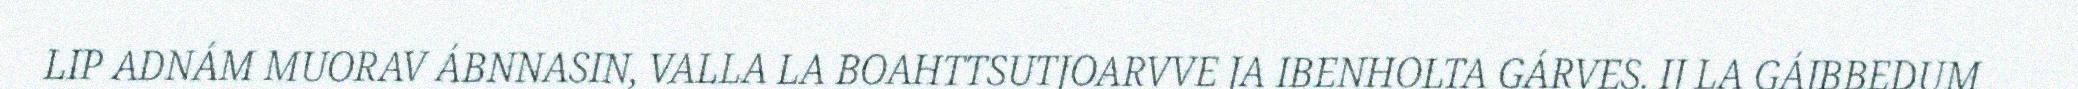
LIP ADNÁM MUORAV ÁBNNASIN, VALLA LA BOAHTTSUTJOARVVE JA IBENHOLTA GÁRVES. IJ LA GÁJBBEDUM